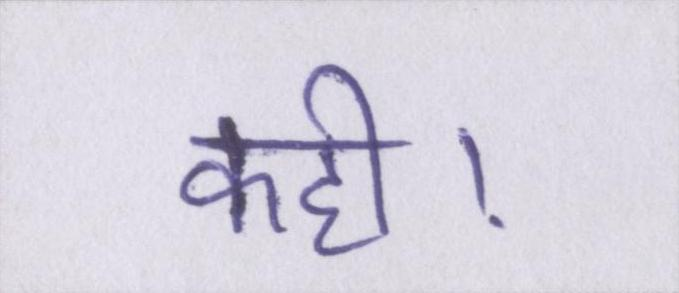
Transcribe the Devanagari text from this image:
कही।